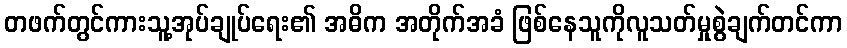
တဖက်တွင်ကားသူ့အုပ်ချုပ်ရေး၏ အဓိက အတိုက်အခံ ဖြစ်နေသူကိုလူသတ်မှုစွဲချက်တင်ကာ